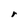
Character: r